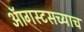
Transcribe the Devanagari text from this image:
ऑगस्टसच्याच